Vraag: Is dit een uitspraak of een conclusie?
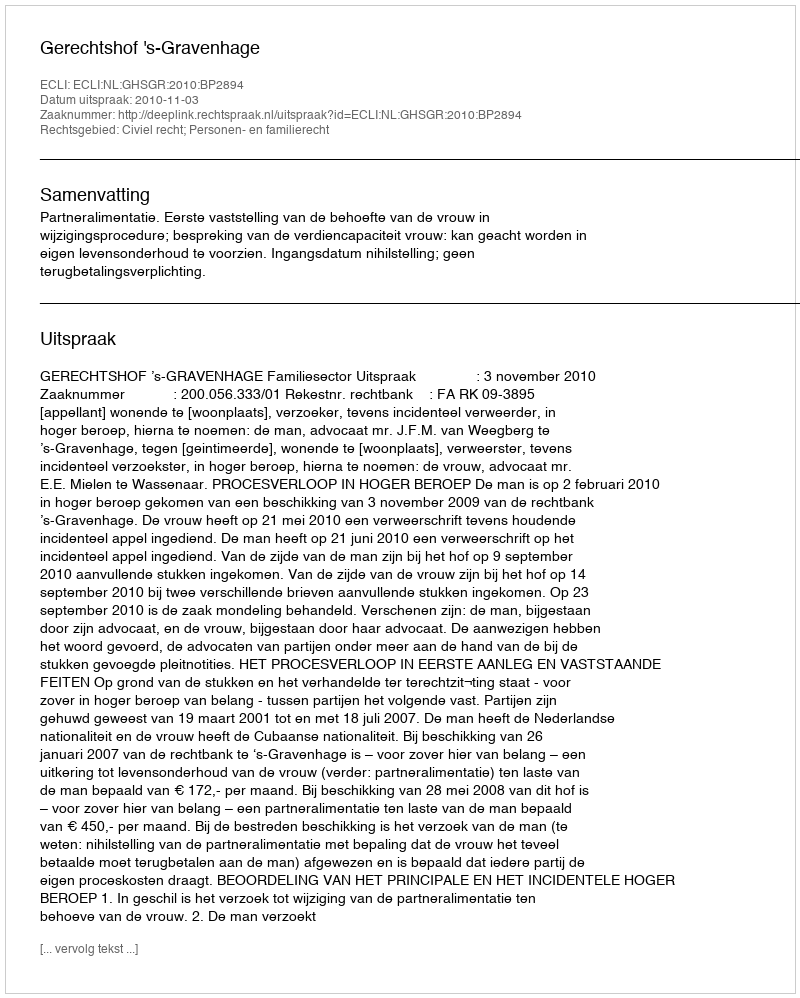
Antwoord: Uitspraak